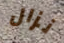
نزال